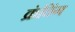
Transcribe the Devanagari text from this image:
क्रंचिंग